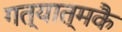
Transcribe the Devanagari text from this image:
गत्यात्मकै